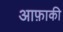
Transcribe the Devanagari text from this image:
आफ़ाकी